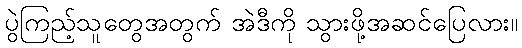
ပွဲကြည့်သူတွေအတွက် အဲဒီကို သွားဖို့အဆင်ပြေလား။